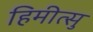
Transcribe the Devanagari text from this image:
हिमीत्सु